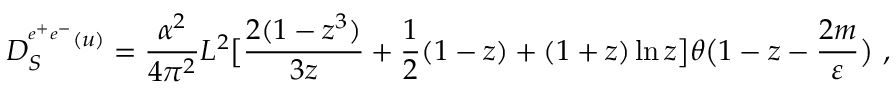
D _ { S } ^ { ^ { e ^ { + } e ^ { - } } ( u ) } = \frac { \alpha ^ { 2 } } { 4 \pi ^ { 2 } } L ^ { 2 } \bigl [ \frac { 2 ( 1 - z ^ { 3 } ) } { 3 z } + \frac { 1 } { 2 } ( 1 - z ) + ( 1 + z ) \ln { z } \bigr ] \theta \bigl ( 1 - z - \frac { 2 m } { \varepsilon } \bigr ) \ ,